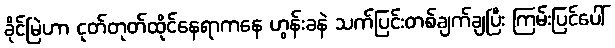
ခိုင်မြဲဟာ ငုတ်တုတ်ထိုင်နေရာကနေ ဟွန်းခနဲ သက်ပြင်းတစ်ချက်ချပြီး ကြမ်းပြင်ပေါ်